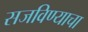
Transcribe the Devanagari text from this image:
सजविण्याचा